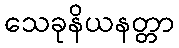
သေခုနိယနတ္တာ